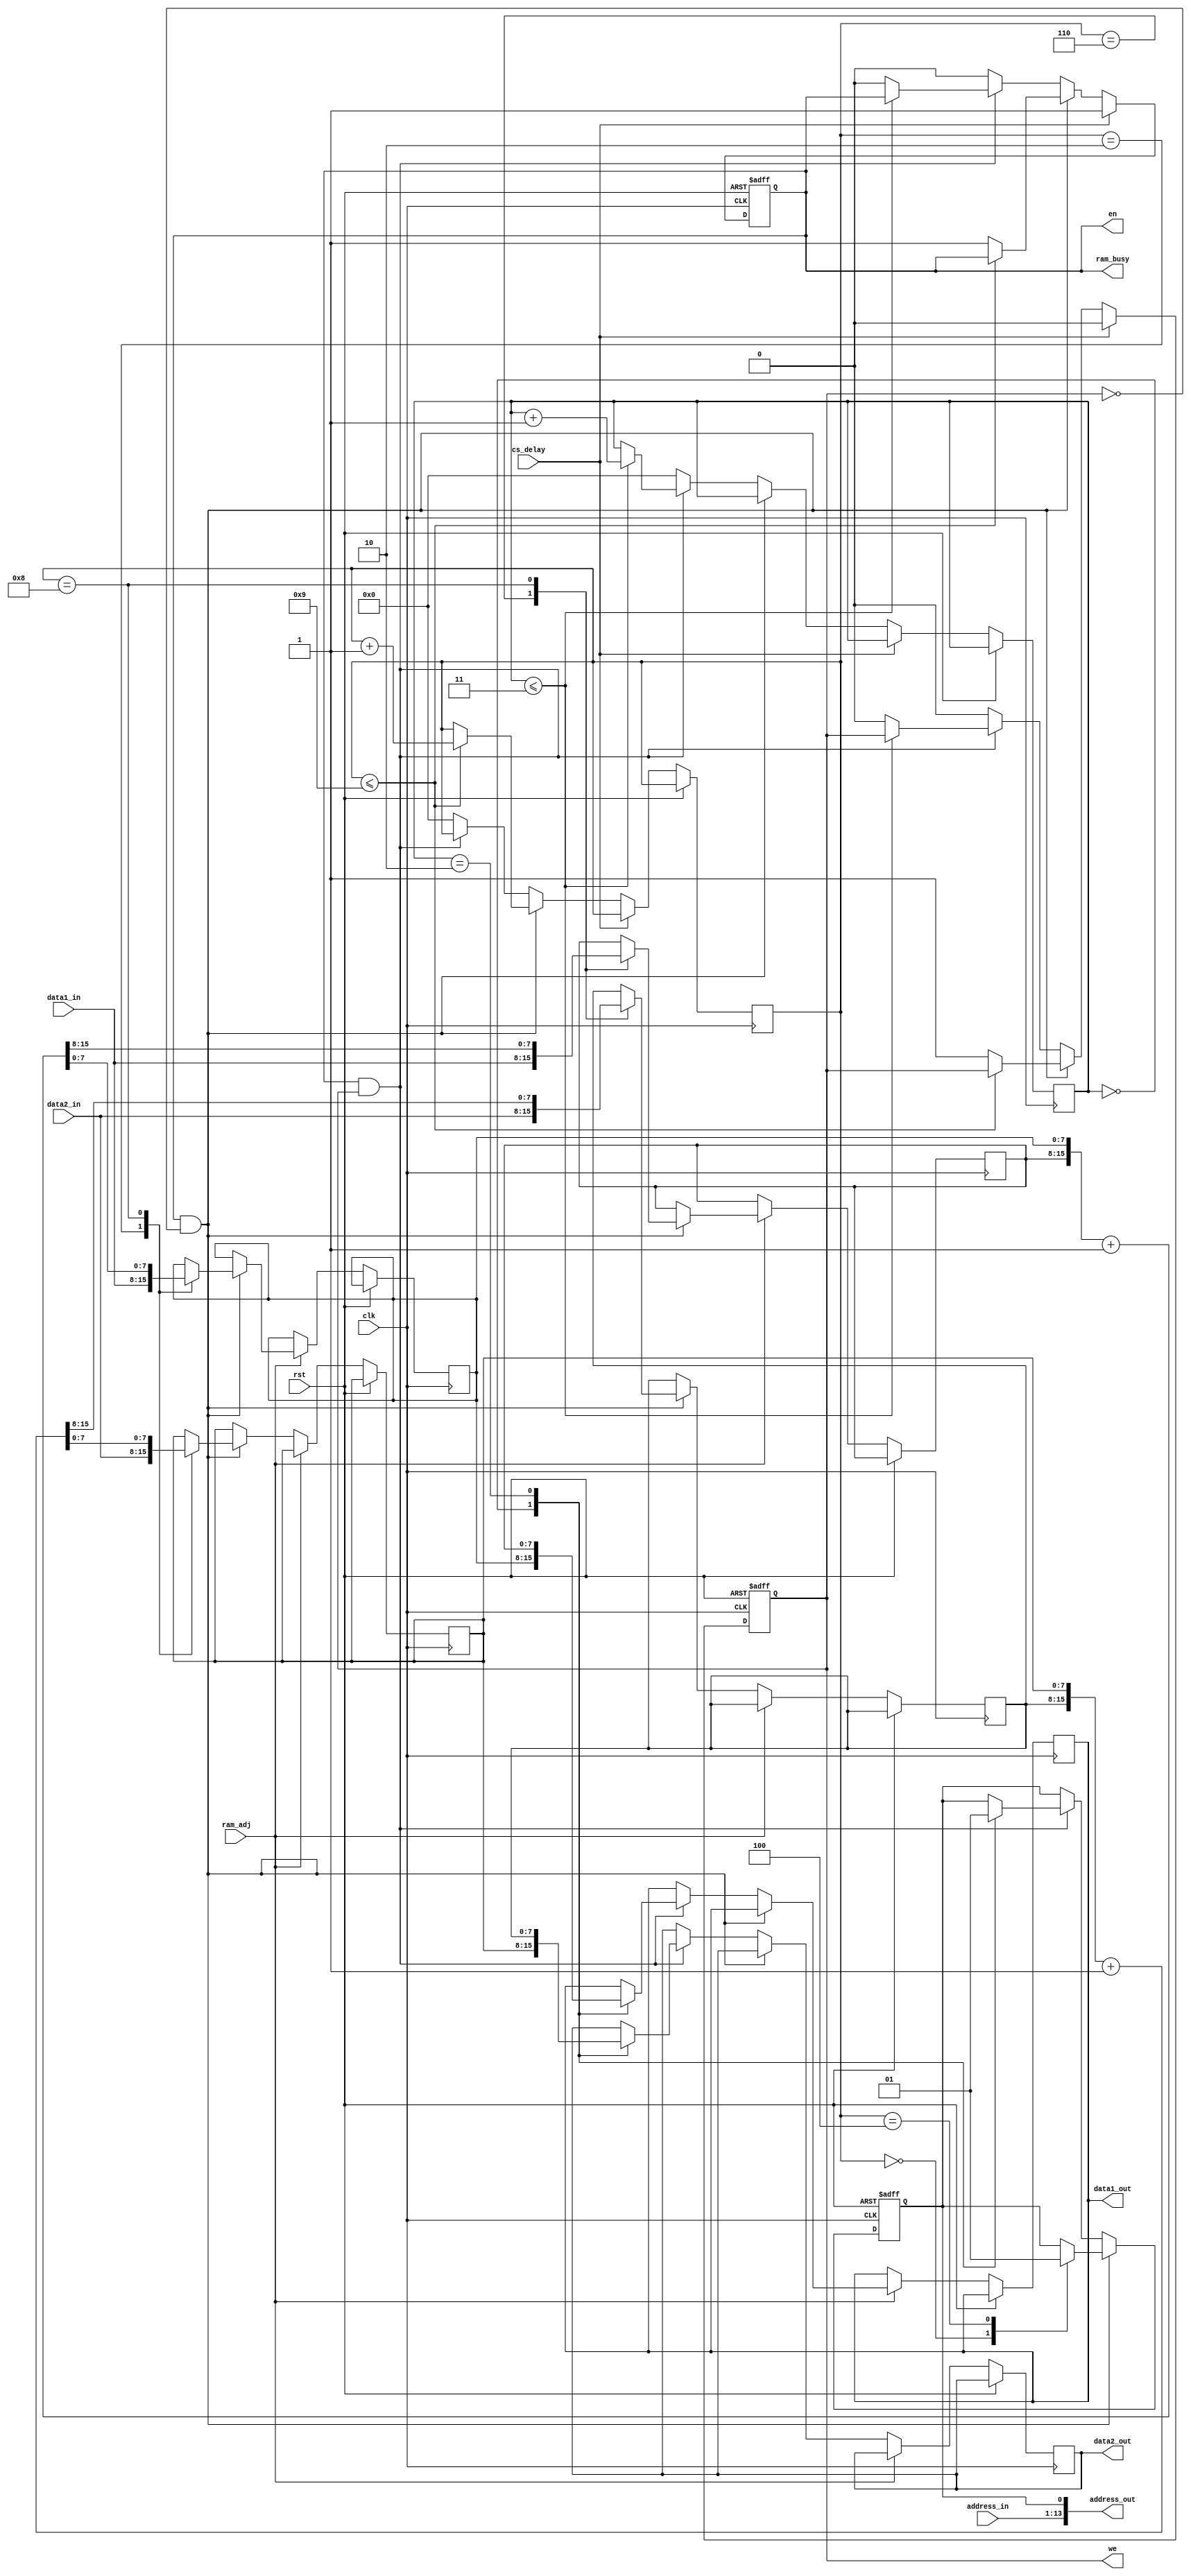
module Ram_Control(
    input clk,rst,
	 input cs_delay,            //AD
	 input [7:0] data1_in,       //ramfpgafpga
	 input [7:0] data2_in,
	 input [12:0] address_in,
	 
	 input ram_adj,
	 
	 
	 output reg [7:0] data1_out,   //fpgaram
	 output reg [7:0] data2_out,
	 output wire [13:0] address_out,   //ram
	 output ram_busy,
	 output reg we,
	 output reg en
	 
	 
    );
	 
	 reg [3:0]i_read;            //
	 reg [3:0]i_write;            //
	 reg [7:0] data1_low;
	 reg [7:0] data1_high;
	 reg [7:0] data2_low;
	 reg [7:0] data2_high; 
	 reg address_out_r;
	 
	 assign address_out[13:1] = address_in;             //
	 assign address_out[0] = address_out_r;
	 
	 assign ram_busy = en;       //enramram_busyen
	 
	 always @(posedge clk or posedge rst)
	 begin
	 if(rst)
	   begin
		we <= 1'b0;
		en <= 1'b0;
		end
		else
		begin
	   if(cs_delay)
		  begin
		  en <= 1'b1;
		  we <= 1'b0;
		  end
	   else if(en && ~we)
        begin 
		    if(i_read <= 4'b1001) i_read <= i_read+1;          //
			 else                                               //10*2*42=840ns
			   begin
				  en <= 1;
				  we <= 1; 
				end
		  end
		else if(en && we) 
		  begin
		    if(i_write <= 4'b0011) i_write <= i_write+1;       //fpgaramclk  
			 else 
			   begin
				  en <= 0;
				  we <= 0;
				end
		  end
		else
		  begin
		    i_read <= 0;
			 i_write <= 0;
			 en <= 0;
			 we <= 0;
		  end
		end
	 end
	 
	 
	 always @(posedge clk or posedge rst)
	 begin
		if(rst) 
			begin
			address_out_r <= 0; 
			end
		else if(ram_adj)
			begin
				if(en && ~we)
					case(i_read)
					4'b0000 : address_out_r <= 0;                  //
					4'b0010 : data1_low <= data1_in; 
					4'b0100 : address_out_r <= 1;                  //
					4'b0110 : data1_high <= data1_in; 
					4'b1000 : {data1_high,data1_low} <= {data1_high,data1_low} + 1;   //+1
					endcase
				else if(en && we)
					case(i_write)
					4'b0000 :begin address_out_r <= 0; data1_out <= data1_low;  end               //ram
					4'b0010 :begin address_out_r <= 1; data1_out <= data1_high; end                 //ram
					4'b0100 : data1_out <= data1_out;
					endcase
			end
		else if(~ram_adj)
			begin
				if(en && ~we)
					case(i_read)
					4'b0000 : address_out_r <= 0; 
					4'b0010 : data2_low <= data2_in; 
					4'b0100 : address_out_r <= 1;
					4'b0110 : data2_high <= data2_in; 
					4'b1000 : {data2_high,data2_low} <= {data2_high,data2_low} + 1;
					endcase
				else if(en && we)
					case(i_write)
					4'b0000 : begin address_out_r <= 0;data2_out <= data2_low; end
					4'b0010 : begin address_out_r <= 1;data2_out <= data2_high; end
					4'b0100 : data2_out <= data2_out;
					endcase
			end
	 end
	 
			

endmodule